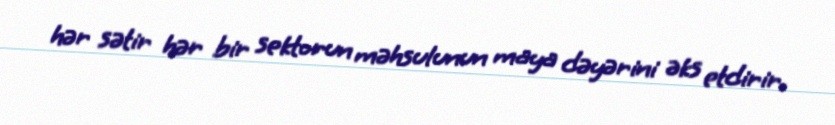
hər sətir hər bir sektorun məhsulunun maya dəyərini əks etdirir.